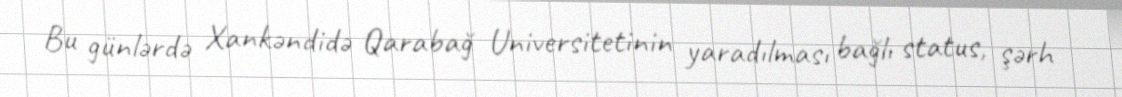
Bu günlərdə Xankəndidə Qarabağ Universitetinin yaradılması bağlı status, şərh